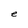
Character: e